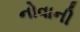
નોવાની